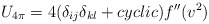
\begin{align*}U_{4\pi} = 4(\delta_{ij} \delta_{kl}+ cyclic) f^{\prime\prime}(v^2)\end{align*}